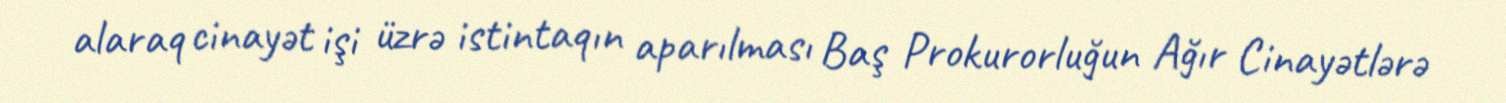
alaraq cinayət işi üzrə istintaqın aparılması Baş Prokurorluğun Ağır Cinayətlərə